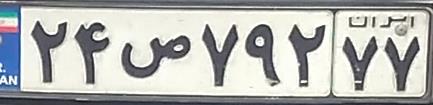
۲۴ص۷۹۲۷۷